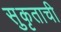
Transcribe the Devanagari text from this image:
सुकृताची